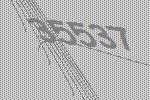
35537